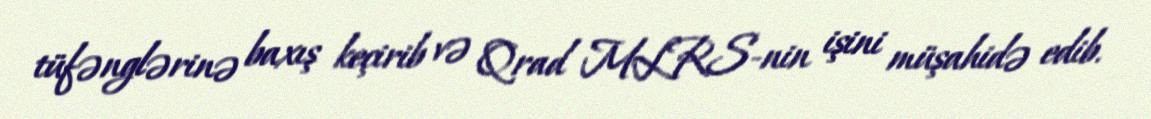
tüfənglərinə baxış keçirib və Qrad MLRS-nin işini müşahidə edib.